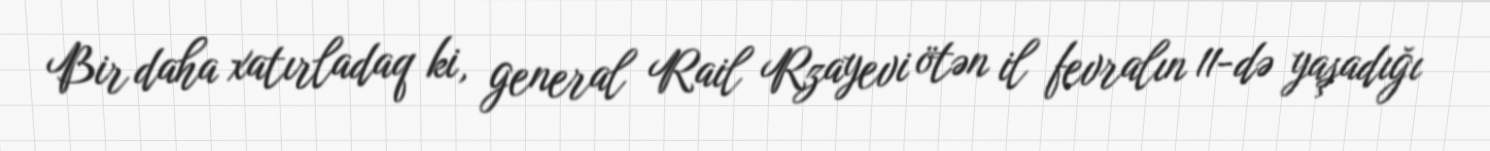
Bir daha xatırladaq ki, general Rail Rzayevi ötən il fevralın 11-də yaşadığı